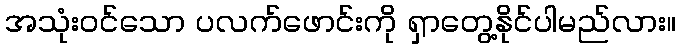
အသုံးဝင်သော ပလက်ဖောင်းကို ရှာတွေ့နိုင်ပါမည်လား။